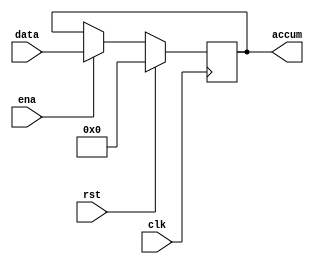
// This program was cloned from: https://github.com/huangxc6/verilog_practice
// License: MIT License


// -----------------------------------------------------------------------------
/* Description:
	The accumulator is used to store the current result, 
	and when the ena signal is active, 
	it outputs the data from the data bus on the rising edge of clk.
*/
// Version: 0.1
// -----------------------------------------------------------------------------


module accum (
	input clk,    // Clock
	input rst,    // Asynchronous reset active high
	input ena,
	input [7:0] data,

	output reg [7:0] accum
);
	always @(posedge clk) begin : proc_accum
		if(rst) begin
			accum <= 8'b0000_0000;
		end else if (ena) begin
			accum <= data;
		end
	end

endmodule